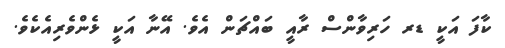
ކާފަ އަކީ ޑރ ހަރިވާންސް ރާއީ ބައްޗަން އެވެ. އޭނާ އަކީ ޅެންވެރިއެކެވެ.